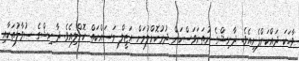
ވާހަކަ ދައްކަންފެށިއެވެ. ދާނިޝްގެ ނުތަނަވަސްކަން ދުރުކޮށްލުމަށް އަޒީލް މަސައްކަތް ކޮށްލިއެވެ. ދާނިޝްގެ ސުވާލުތަކާއި